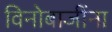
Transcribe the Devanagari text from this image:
विनोबाजींना